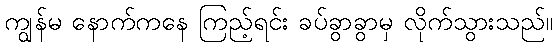
ကျွန်မ နောက်ကနေ ကြည့်ရင်း ခပ်ခွာခွာမှ လိုက်သွားသည်။